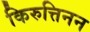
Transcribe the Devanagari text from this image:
किरुत्तिनन